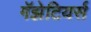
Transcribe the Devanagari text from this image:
गॅझेटियर्स